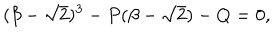
( \beta - \sqrt { 2 } ) ^ { 3 } - P ( \beta - \sqrt { 2 } ) - Q = 0 ,